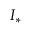
{ \cal I } _ { * }